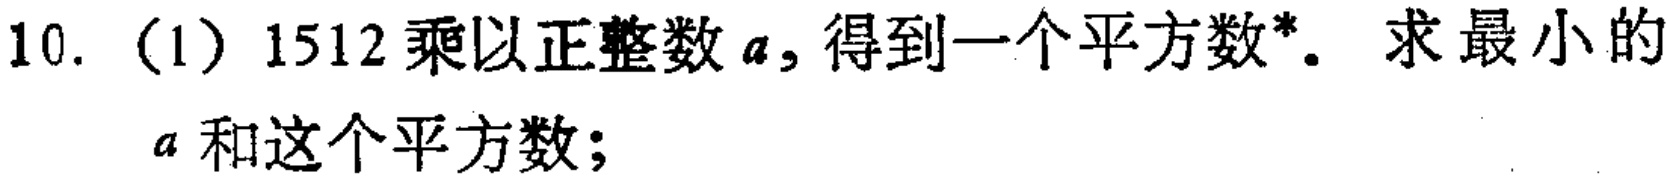
10. (1) \(1512\)乘以正整数\(a\)，得到一个平方数*。求最小的\(a\)和这个平方数；